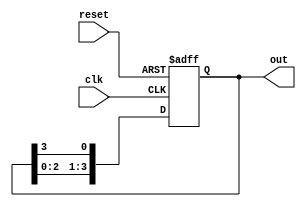
module ring_counter #(
    parameter N = 4 // Number of flip-flops (states)
)(
    input wire clk,          // Clock input
    input wire reset,        // Asynchronous reset input
    output reg [N-1:0] out   // Output representing the current state
);

// Initial state
initial begin
    out = 1'b1; // Set the initial state to 100...0 (only the first flip-flop is high)
end

// Always block for state transition
always @(posedge clk or posedge reset) begin
    if (reset) begin
        out <= 1'b1; // Reset to initial state (100...0)
    end else begin
        out <= {out[N-2:0], out[N-1]}; // Shift the '1' bit to the right
    end
end

endmodule